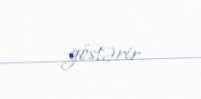
göstərir.